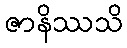
ဇာနိဿသိ